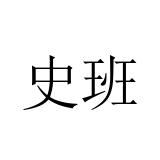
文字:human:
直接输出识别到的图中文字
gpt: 史班